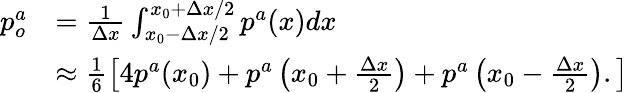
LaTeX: \begin{array}{rl}{p_{o}^{a}}&{=\frac{1}{\Delta x}\int_{x_{0}-\Delta x/2}^{x_{0}+\Delta x/2}p^{a}(x)dx}\\ &{\approx\frac{1}{6}\left[4p^{a}(x_{0})+p^{a}\left(x_{0}+\frac{\Delta x}{2}\right)+p^{a}\left(x_{0}-\frac{\Delta x}{2}\right).\right]}\end{array}